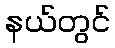
နယ်တွင်